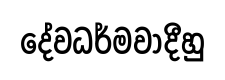
දේවධර්මවාදීහු